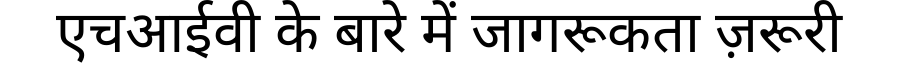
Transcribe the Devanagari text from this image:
एचआईवी के बारे में जागरूकता ज़रूरी